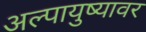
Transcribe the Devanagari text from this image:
अल्पायुष्यावर